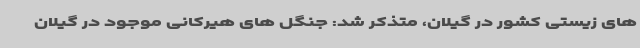
های زیستی کشور در گیلان، متذکر شد: جنگل های هیرکانی موجود در گیلان